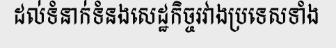
ដល់ទំនាក់ទំនងសេដ្ឋកិច្ចរវាងប្រទេសទាំង